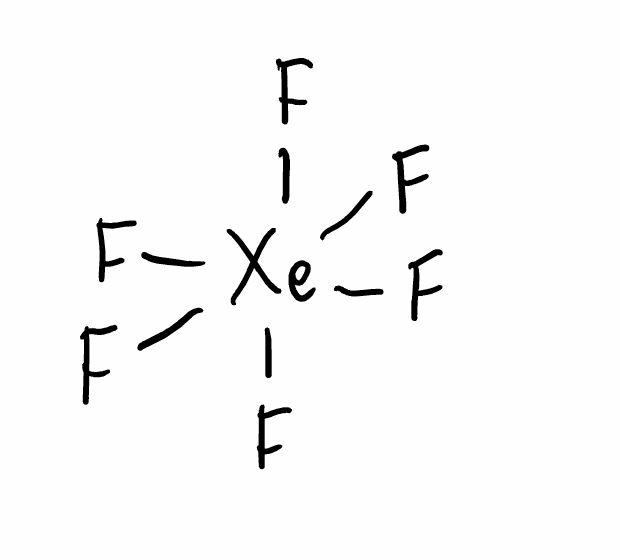
Simplified molecular-input line-entry system (SMILES) notation of the given molecule:
F[Xe](F)(F)(F)(F)F